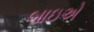
બાઇએ